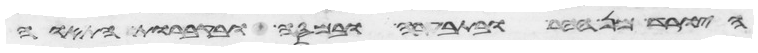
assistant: היורד מן ההר ובתבערה ובמסה ובקברות התאוה